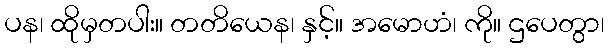
ပန၊ ထိုမှတပါး။ တတိယေန၊ နှင့်။ အမောဟံ၊ ကို။ ဌပေတွာ၊